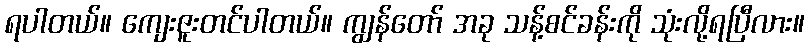
ရပါတယ်။ ကျေးဇူးတင်ပါတယ်။ ကျွန်တော် အခု သန့်စင်ခန်းကို သုံးလို့ရပြီလား။